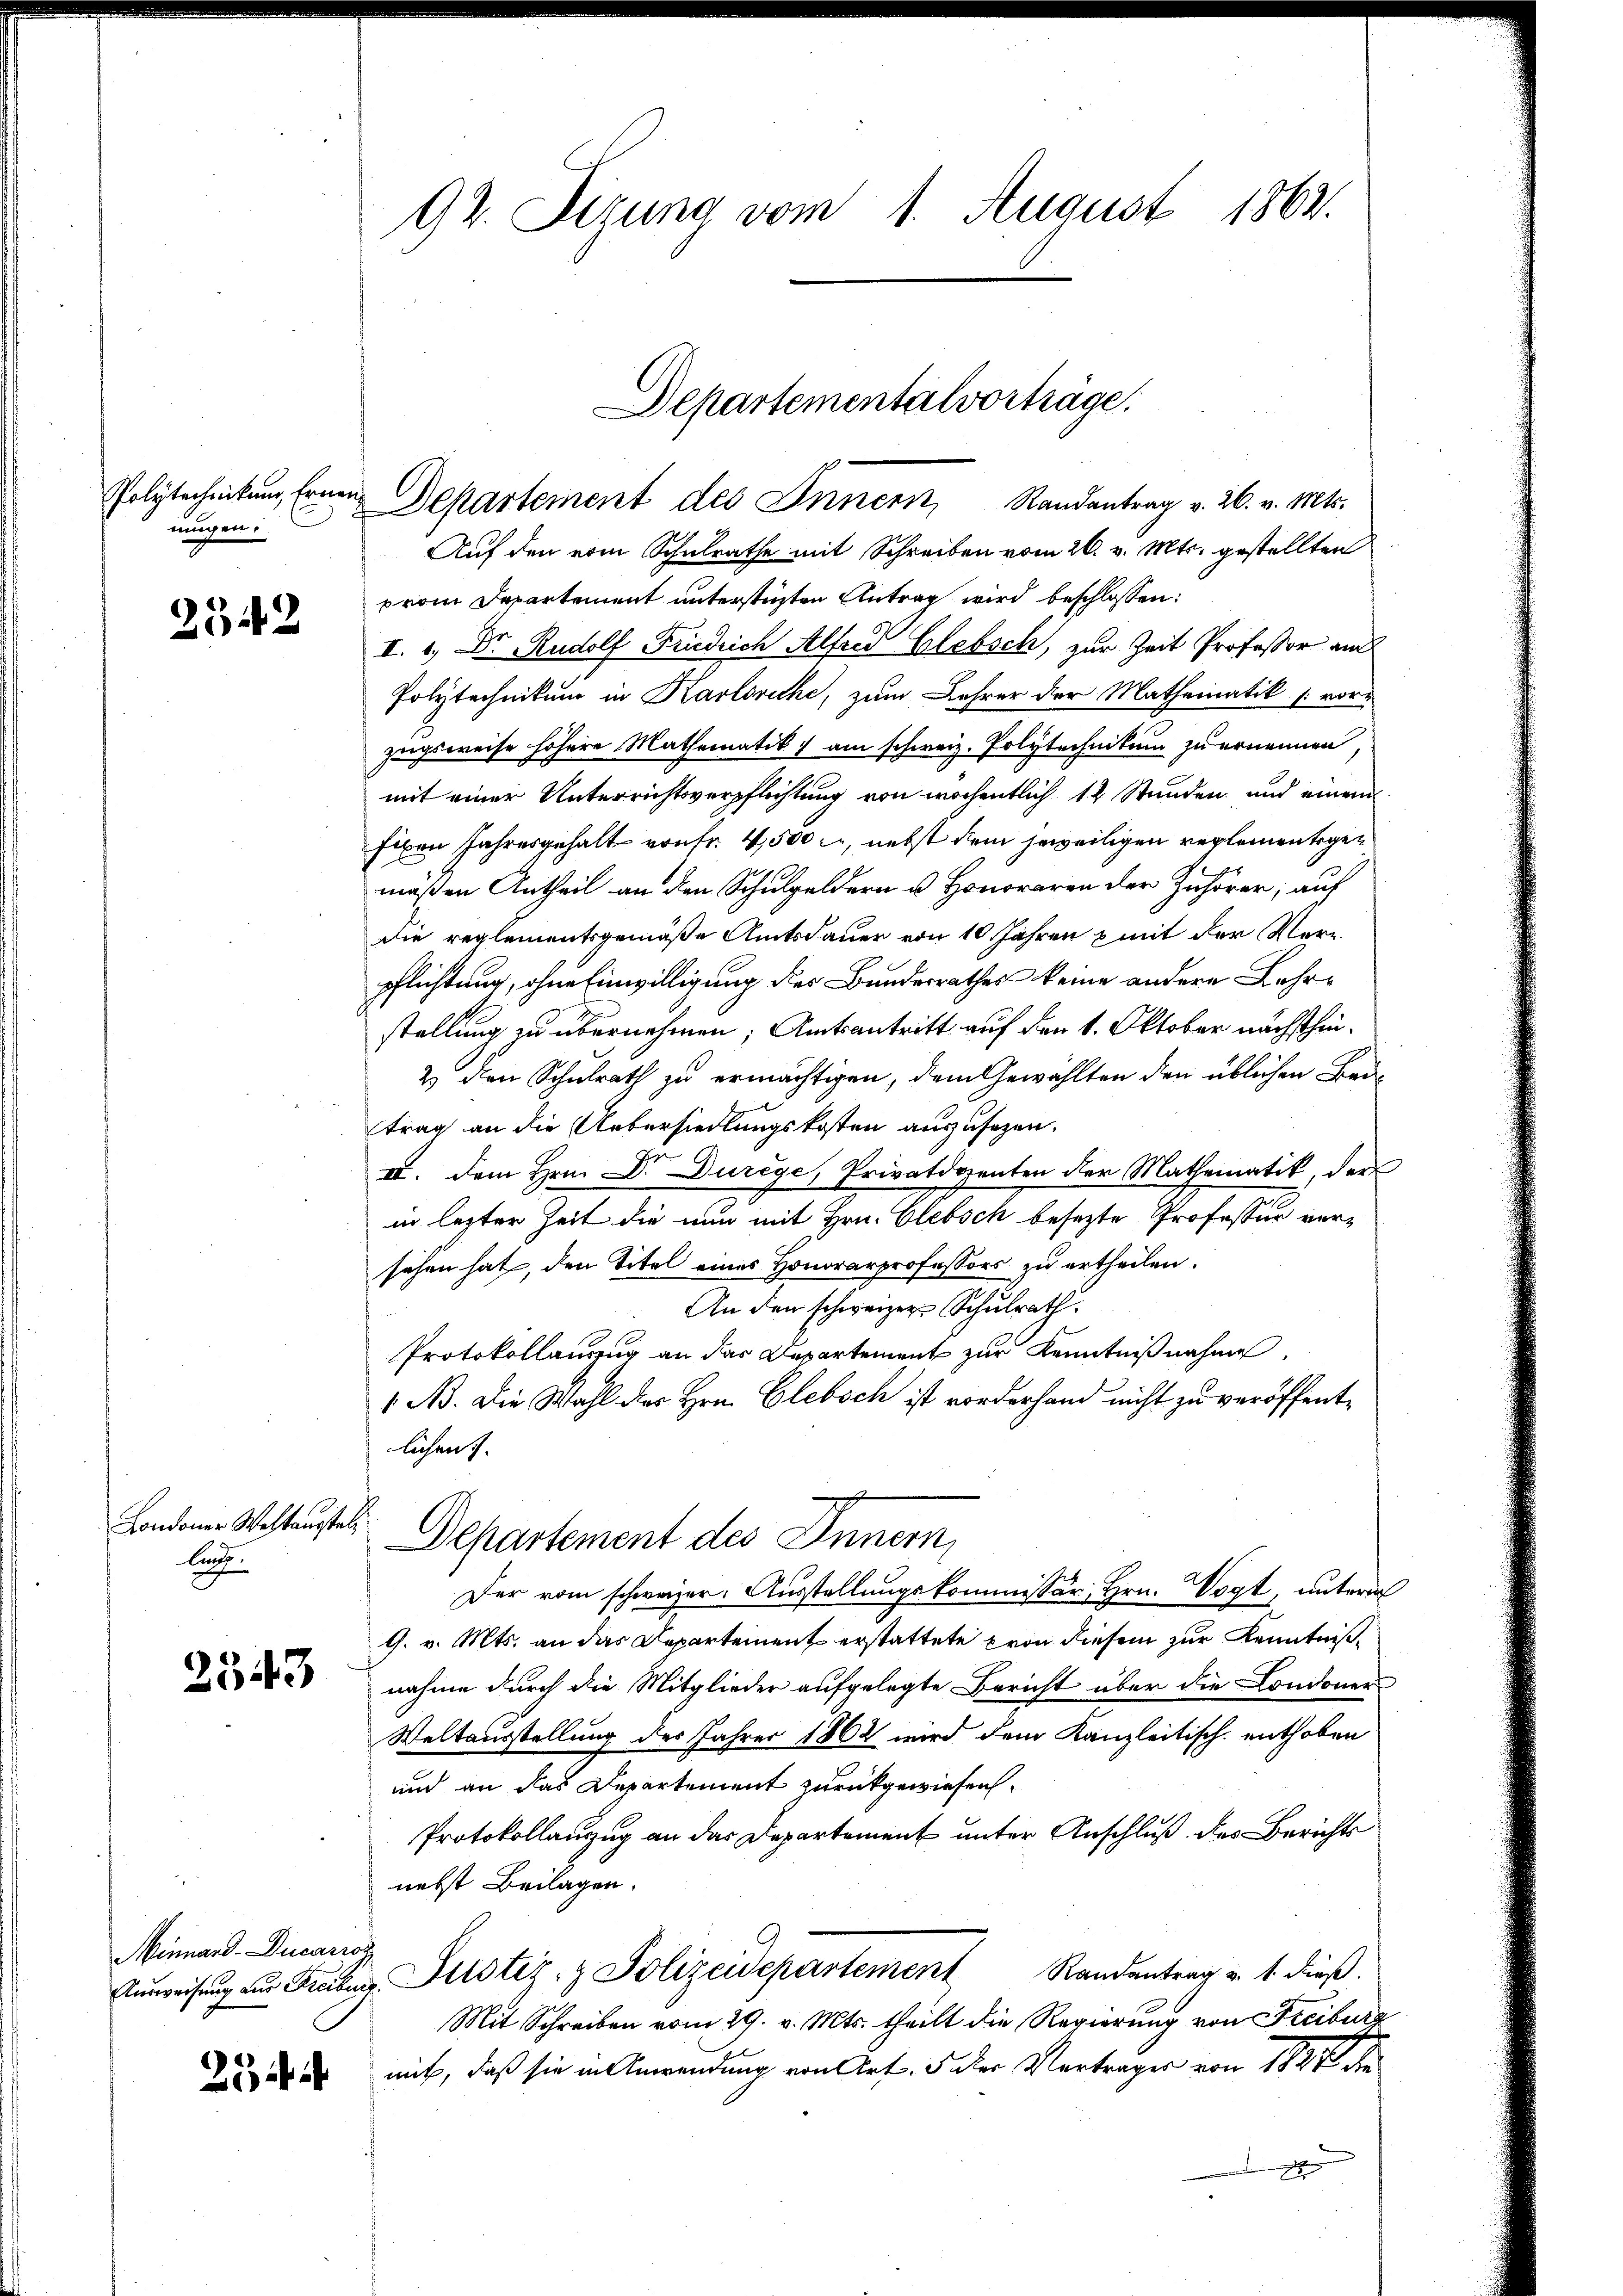
Polytechnikum, Ernen.
mögen.

2542

Londoner Weltaustellung

2543

Minnard-Ducario

2

92. Sizung vom 1. August 1863.

Departementalvorträge.
 Departement des Innern, Randantrag v. 26. v. Mts.

Auf den von Schulrathe mit Schreiben vom 26. v. Mts. gestellten
from Departement unterstüzten Antrag wird beschlossen:
I. 1., Dr. Rudolf Friedrich Alfred Glebsch, zur Zeit Professor au
Polytechnikum in Karlsruhe, zum Lehrer der Mathematik [voru
zugsweise höhere Mathematik am schweiz. Polytechnikum zu ernennen,
mit einer Unterrichtsverpflichtung von wöchentlich 12 Stunden und einem
Eiben Jahresgehalt von fr. 4,500 l., nebst dem jeweiligen reglementsgemäßen Antheil an den Schulgeldern u. Honoraren der Zuhörer; auf
Die reglementsgemäße Amtsdauer von 10 Jahren & mit der Verpflichtung, ohne Einwilligung des Bundesrathes keine andere Lehrstellung zu übernehmen; Amtsantritt auf den 1. Oktober nächsthien¬
2) den Schulrath zu ermächtigen, dem Gewählten den üblichen Beitrag an die Uebersiedlungskosten auszusezen.
IV. dem Hrn. Dr. Durege, Privatdozenten der Mathematik, der
in lezter Zeit die nun mit Hrn. Clebsch besezte Professur versehen hat, den Titel eines Honorarprofessors zu ertheilen.
An den schweizer Schulrath.
Protokollanzug an das Departement zur Kenntnißnahme
1 No. Die Wahl der Hrn. Glebsch ist vorderhand nicht zu veröffentlichen.
Departement des Innern,
Der vom schweizer. Ausstellungskommissär, Hrn. Vogt, unterm
G. v. Mts. an das Departement erstattete von diesem zur Kenntnißnahme durch die Mitglieder aufgelegte Bericht über die Londoner
Weltausstellung des Jahres 1862 wird dem Kanzleitisch enthoben
und an das Departement zurückgewiesen.
Protokollauszug an das Departement unter Anschluß des Berichts
nebst Beilagen.
Aŭsweisŭng an Freiber Perstiz- & Polizeidepartement Randantrag v. 1. dieß.
Mit Schreiben vom 29. v. Mts. theilt die Regierung von Freiburg
mit, daß sie in Anwendung von Art. 5 der Vertrages von 1887 d
.